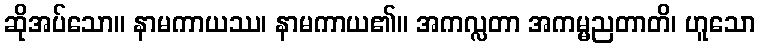
ဆိုအပ်သော။ နာမကာယဿ၊ နာမကာယ၏။ အကလ္လတာ အကမ္မညတာတိ၊ ဟူသော